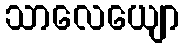
သာလေယျော